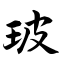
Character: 玻